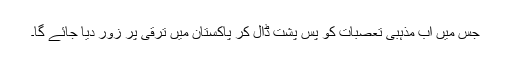
جس میں اب مذہبی تعصبات کو پسِ پُشت ڈال کر پاکستان میں ترقی پر زور دیا جائے گا۔